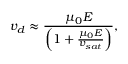
{ v _ { d } } \approx \frac { \mu _ { 0 } E } { \left( 1 + \frac { \mu _ { 0 } E } { v _ { s a t } } \right) } ,